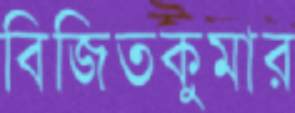
বিজিতকুমার